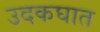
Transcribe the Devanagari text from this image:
उदकघात